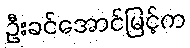
ဦးခင်အောင်မြင့်က